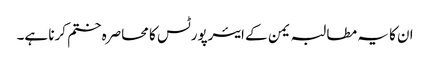
ان کا یہ مطالبہ یمن کے ایئرپورٹس کا محاصرہ ختم کرنا ہے۔